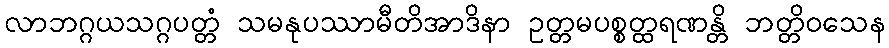
လာဘဂ္ဂယသဂ္ဂပတ္တံ သမနုပဿာမီတိအာဒိနာ ဥတ္တမပစ္စတ္ထရဏန္တိ ဘတ္တိဝသေန